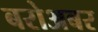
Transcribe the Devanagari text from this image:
बरोअबर